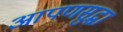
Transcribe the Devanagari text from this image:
आपणसुद्धा